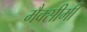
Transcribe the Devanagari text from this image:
मैक्सीमी